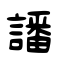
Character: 譒